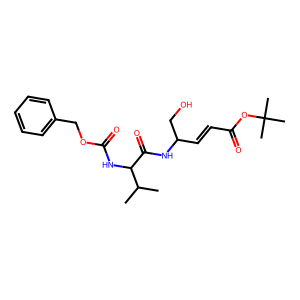
SMILES: CC(C)C(NC(=O)OCc1ccccc1)C(=O)NC(C=CC(=O)OC(C)(C)C)CO
Inhibits HIV replication: No